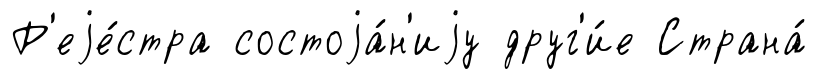
Р'еjе́стра состоjа́н'иjу друг'и́е Страна́